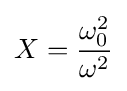
X={\frac {\omega _{0}^{2}}{\omega ^{2}}}